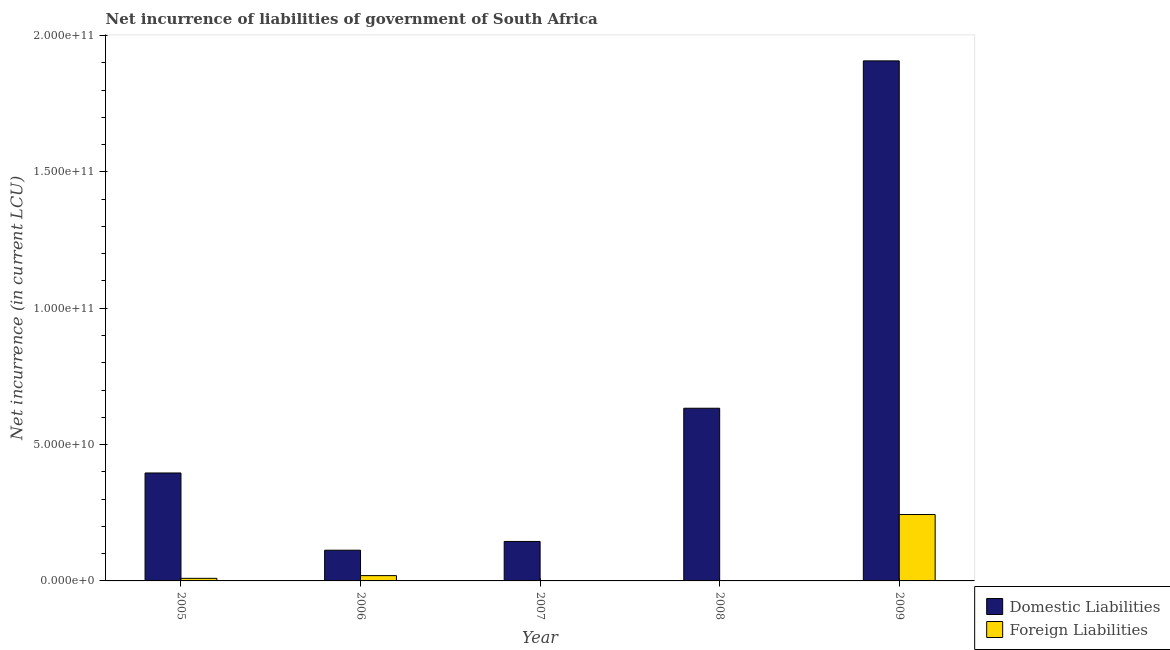
| Year | Domestic Liabilities | Foreign Liabilities |
 | --- | --- | --- |
 | 2005 | 3.96e+10 | 9.5e+08 |
 | 2006 | 1.13e+10 | 1.94e+09 |
 | 2007 | 1.45e+10 | -3.5e+09 |
 | 2008 | 6.33e+10 | -1.26e+09 |
 | 2009 | 1.91e+11 | 2.44e+10 |